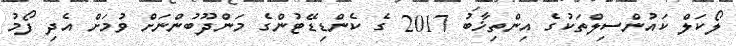
ލޯކަލް ކައުންސިލްތަކުގެ އިންތިޚާބު 2017 ގެ ކެންޑިޑޭޓުންގެ މަންދޫބުންނަށް ވުމަށް އެދި ފޯމު